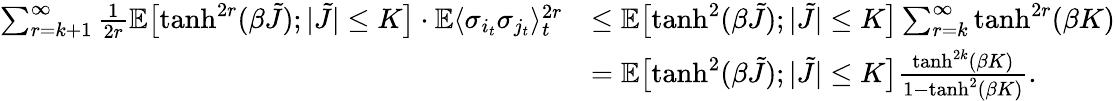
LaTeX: \begin{array}{rl}{\sum_{r=k+1}^{\infty}\frac{1}{2r}\mathbb E\bigl[\operatorname{tanh}^{2r}(\beta\tilde{J});|\tilde{J}|\leq K\bigr]\cdot\mathbb E\langle\sigma_{i_{t}}\sigma_{j_{t}}\rangle_{t}^{2r}}&{\leq\mathbb E\bigl[\operatorname{tanh}^{2}(\beta\tilde{J});|\tilde{J}|\leq K\bigr]\sum_{r=k}^{\infty}\operatorname{tanh}^{2r}(\beta K)}\\ &{=\mathbb E\bigl[\operatorname{tanh}^{2}(\beta\tilde{J});|\tilde{J}|\leq K\bigr]\frac{\operatorname{tanh}^{2k}(\beta K)}{1-\operatorname{tanh}^{2}(\beta K)}.}\end{array}